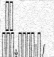
٢٢